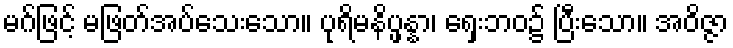
မဂ်ဖြင့် မဖြတ်အပ်သေးသော။ ပုရိမနိပ္ဖန္နာ၊ ရှေးဘဝ၌ ပြီးသော။ အဝိဇ္ဇာ